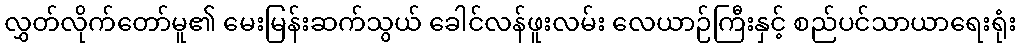
လွှတ်လိုက်တော်မူ၏ မေးမြန်းဆက်သွယ် ခေါင်လန်ဖူးလမ်း လေယာဉ်ကြီးနှင့် စည်ပင်သာယာရေးရုံး